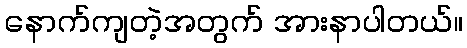
နောက်ကျတဲ့အတွက် အားနာပါတယ်။